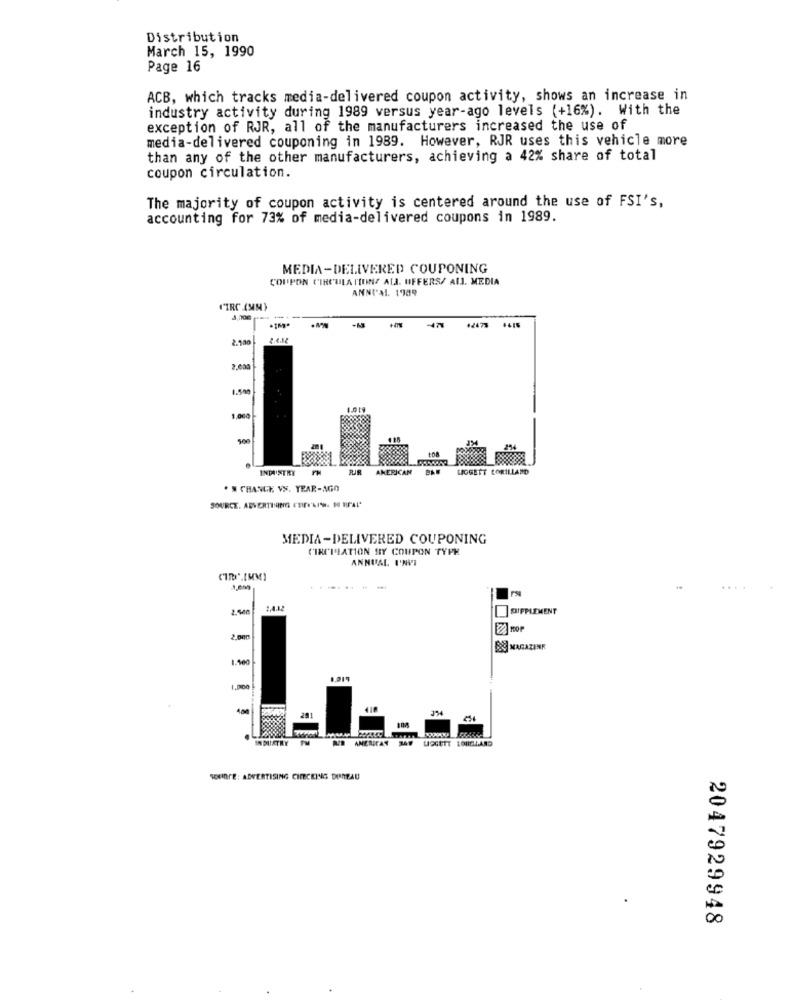
Distribution
March 15, 1990
Page 16
ACB, which tracks media-delivered coupon activity, shows an increase in
industry activity during 1989 versus year-ago levels (+16%). With the
exception of RJR, all of the manufacturers increased the use of
media-delivered couponing in 1989. However, RJR uses this vehicle more
than any of the other manufacturers, achieving a 42% share of total
coupon circulation.
The majority of coupon activity is centered around the use of FSI's,
accounting for 73% of media-delivered coupons in 1989.
MEDIA-DELIVERED COUPONING
COUPON CIRCULA ITUNE ALA. OFFERS/ ALL. MEDIA
ANNUAL 1989
IIRC (MM)
-471
42473
2.180
2.4.18
1.500
INIAISTRY
RIR
AMERICAN
LIGGETT LORILLAND
. N CHANGE VS. YEAR-AGO
MEDIA-DELIVERED COUPONING
CIRCULATION HY COUPON TYPE
ANNUAL I'NI
..... .
2.500
RIPPLEMENT
Big MAGAZINE
1.000
INDUSTRY
AMERICAS
LIGGETT LORDLAND
SONINTE: ADVERTISING CHECKING DUREAU
2047929948